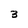
Character: 3